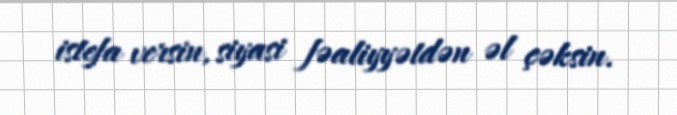
istefa versin, siyasi fəaliyyətdən əl çəksin.